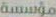
مؤسسة